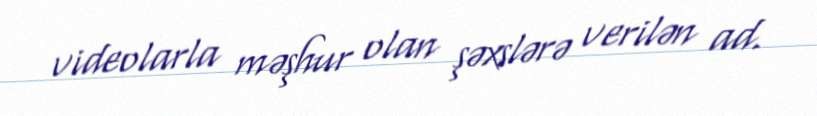
videolarla məşhur olan şəxslərə verilən ad.